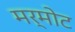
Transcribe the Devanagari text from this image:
मर्मोट